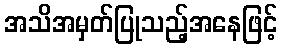
အသိအမှတ်ပြုသည့်အနေဖြင့်